Leaving Certificate Examination, 1913
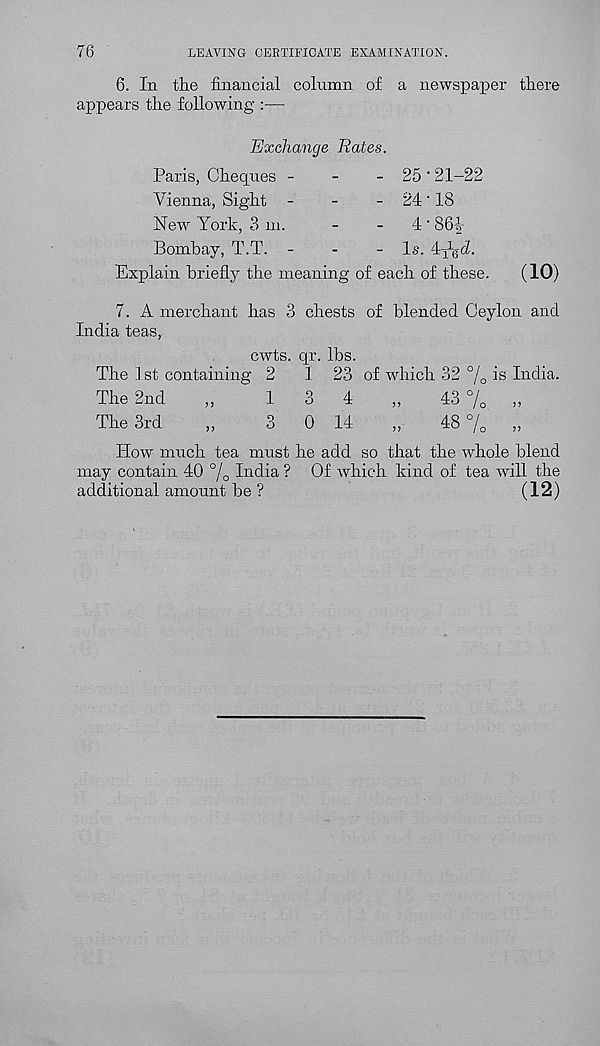
76
LEAVING CERTIFICATE EXAMINATION.
6. In the financial column of a newspaper there
appears the following :—
Exchange Rates.
Paris, Cheques -
-
-
Vienna, Sight -
-
-
New York, 3 m.
Bombay, T.T. -
-
-
25'21-22
24-18
4-861-
ls. ly-gh.
Explain briefly the meaning of each of these.
(10)
7. A merchant has 3 chests of blended Ceylon and
India teas,
cwts. qr. lbs.
The 1 st containing 2
1 23 of which 32 % is India.
The 2nd
„
1
3
4
„
43 %
„
The 3rd
„
3
0 14
„
48 %
„
How much tea must he add so that the wdiole blend
may contain 40 °/ 0 India ? Of which kind of tea will the
additional amount be ?
(12)